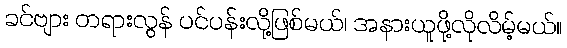
ခင်ဗျား တရားလွန် ပင်ပန်းလို့ဖြစ်မယ်၊ အနားယူဖို့လိုလိမ့်မယ်။